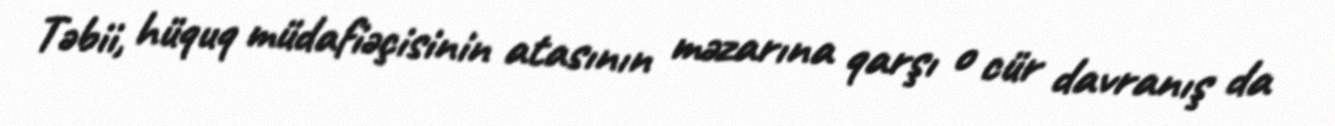
Təbii, hüquq müdafiəçisinin atasının məzarına qarşı o cür davranış da